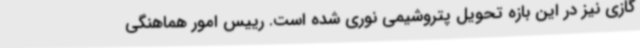
گازی نیز در این بازه تحویل پتروشیمی نوری شده است. رییس امور هماهنگی